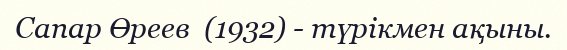
Сапар Өреев  (1932) - түрікмен ақыны.